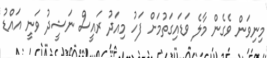
މިނިވަން ވެގެން މާލެ ވަޑައިގަތުމަށް ފަހު މިއަދު ރައީސް ނަޝީދު ވަނީ އައްޑު